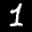
Label: 1